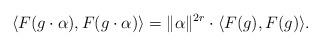
LaTeX: \begin{align*}\langle F(g\cdot \alpha), F(g\cdot \alpha) \rangle = \| \alpha \|^{2r} \cdot \langle F(g), F(g) \rangle.\end{align*}